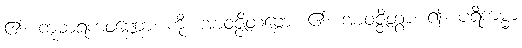
၏။ ကုမာရကဝဏ္ဏော၊ ကို။ အာဝဇ္ဇိတဗ္ဗော၊ ၏။ အာဝဇ္ဇိတွာ၊ ၍။ ပရိကမ္မာ